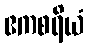
ဧကစရိယံ